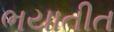
ભયાતીત